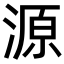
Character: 源